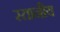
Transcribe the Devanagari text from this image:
स्तानीय